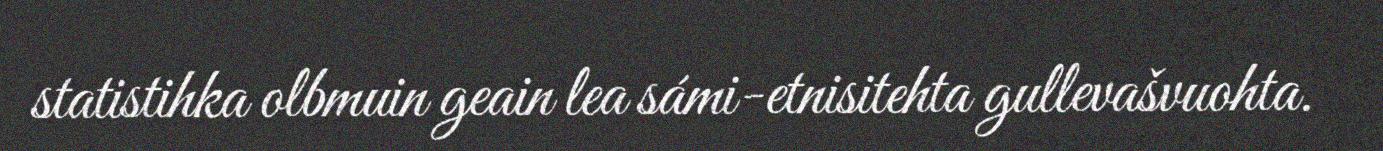
statistihka olbmuin geain lea sámi-etnisitehta gullevašvuohta.